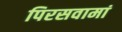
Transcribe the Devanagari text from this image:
पिरसवामां